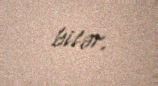
bilər.